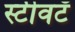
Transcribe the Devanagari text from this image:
स्टीवटॅ